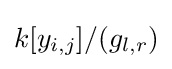
k[y_{i,j}]/(g_{l,r})